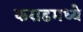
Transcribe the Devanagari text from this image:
कराडमध्ये